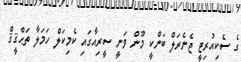
ގެ ސެކިއުރިޓީ ޖެނެރަލް ބަންކީ މޫން ވަނީ ސީރިއާގައި ކެމިކަލް ހަމަލާ ތަޙްޤީޤް